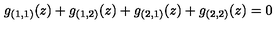
g _ { ( 1 , 1 ) } ( z ) + g _ { ( 1 , 2 ) } ( z ) + g _ { ( 2 , 1 ) } ( z ) + g _ { ( 2 , 2 ) } ( z ) = 0